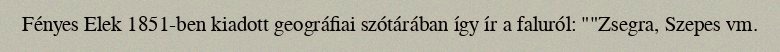
Fényes Elek 1851-ben kiadott geográfiai szótárában így ír a faluról: ""Zsegra, Szepes vm.